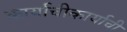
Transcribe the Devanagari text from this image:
कार्याचीकार्याची